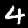
Digit: 4